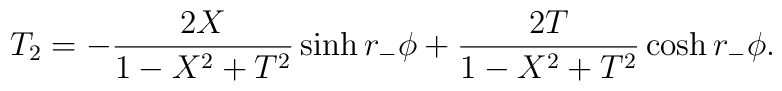
T_2 = -{2 X \over 1-X^2+T^2}  \sinh r_- \phi +  {2 T \over  1-X^2+T^2} \cosh r_- \phi.